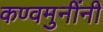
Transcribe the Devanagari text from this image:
कण्वमुनींनी